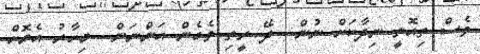
ވެސް ތިއޮތީ ނިދާކަށް ނުން.. ދޭ ރީތި ވެގެން އަންނަން.. މިހާރު އެޔޮށް